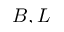
B , L